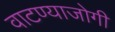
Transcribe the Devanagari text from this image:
वाटण्याजोगी